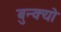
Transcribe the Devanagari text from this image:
बुन्क्यो